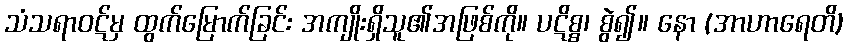
သံသရာဝဋ်မှ ထွက်မြောက်ခြင်း အကျိုးရှိသူ၏အဖြစ်ကို။ ပဋိစ္စ၊ စွဲ၍။ နော (အာဟာရေတိ)